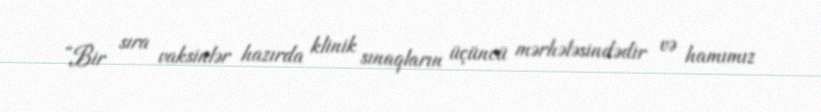
“Bir sıra vaksinlər hazırda klinik sınaqların üçüncü mərhələsindədir və hamımız